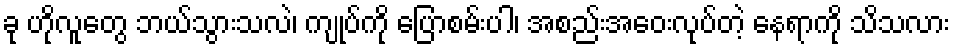
ခု ဟိုလူတွေ ဘယ်သွားသလဲ၊ ကျုပ်ကို ပြောစမ်းပါ၊ အစည်းအဝေးလုပ်တဲ့ နေရာကို သိသလား